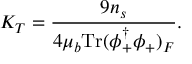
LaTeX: K _ { T } = \frac { 9 n _ { s } } { 4 \mu _ { b } \mathrm { T r } ( \phi _ { + } ^ { \dagger } \phi _ { + } ) _ { F } } .